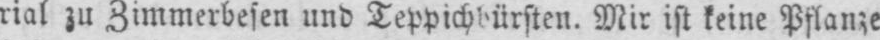
rial zu Zimmerbesen und Teppichbürsten. Mir ist keine Pflanze